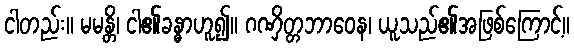
ငါတည်း။ မမန္တိ၊ ငါ၏ခန္ဓာဟူ၍။ ဂဏှိတ္တဘာဝေန၊ ယူသည်၏အဖြစ်ကြောင့်။